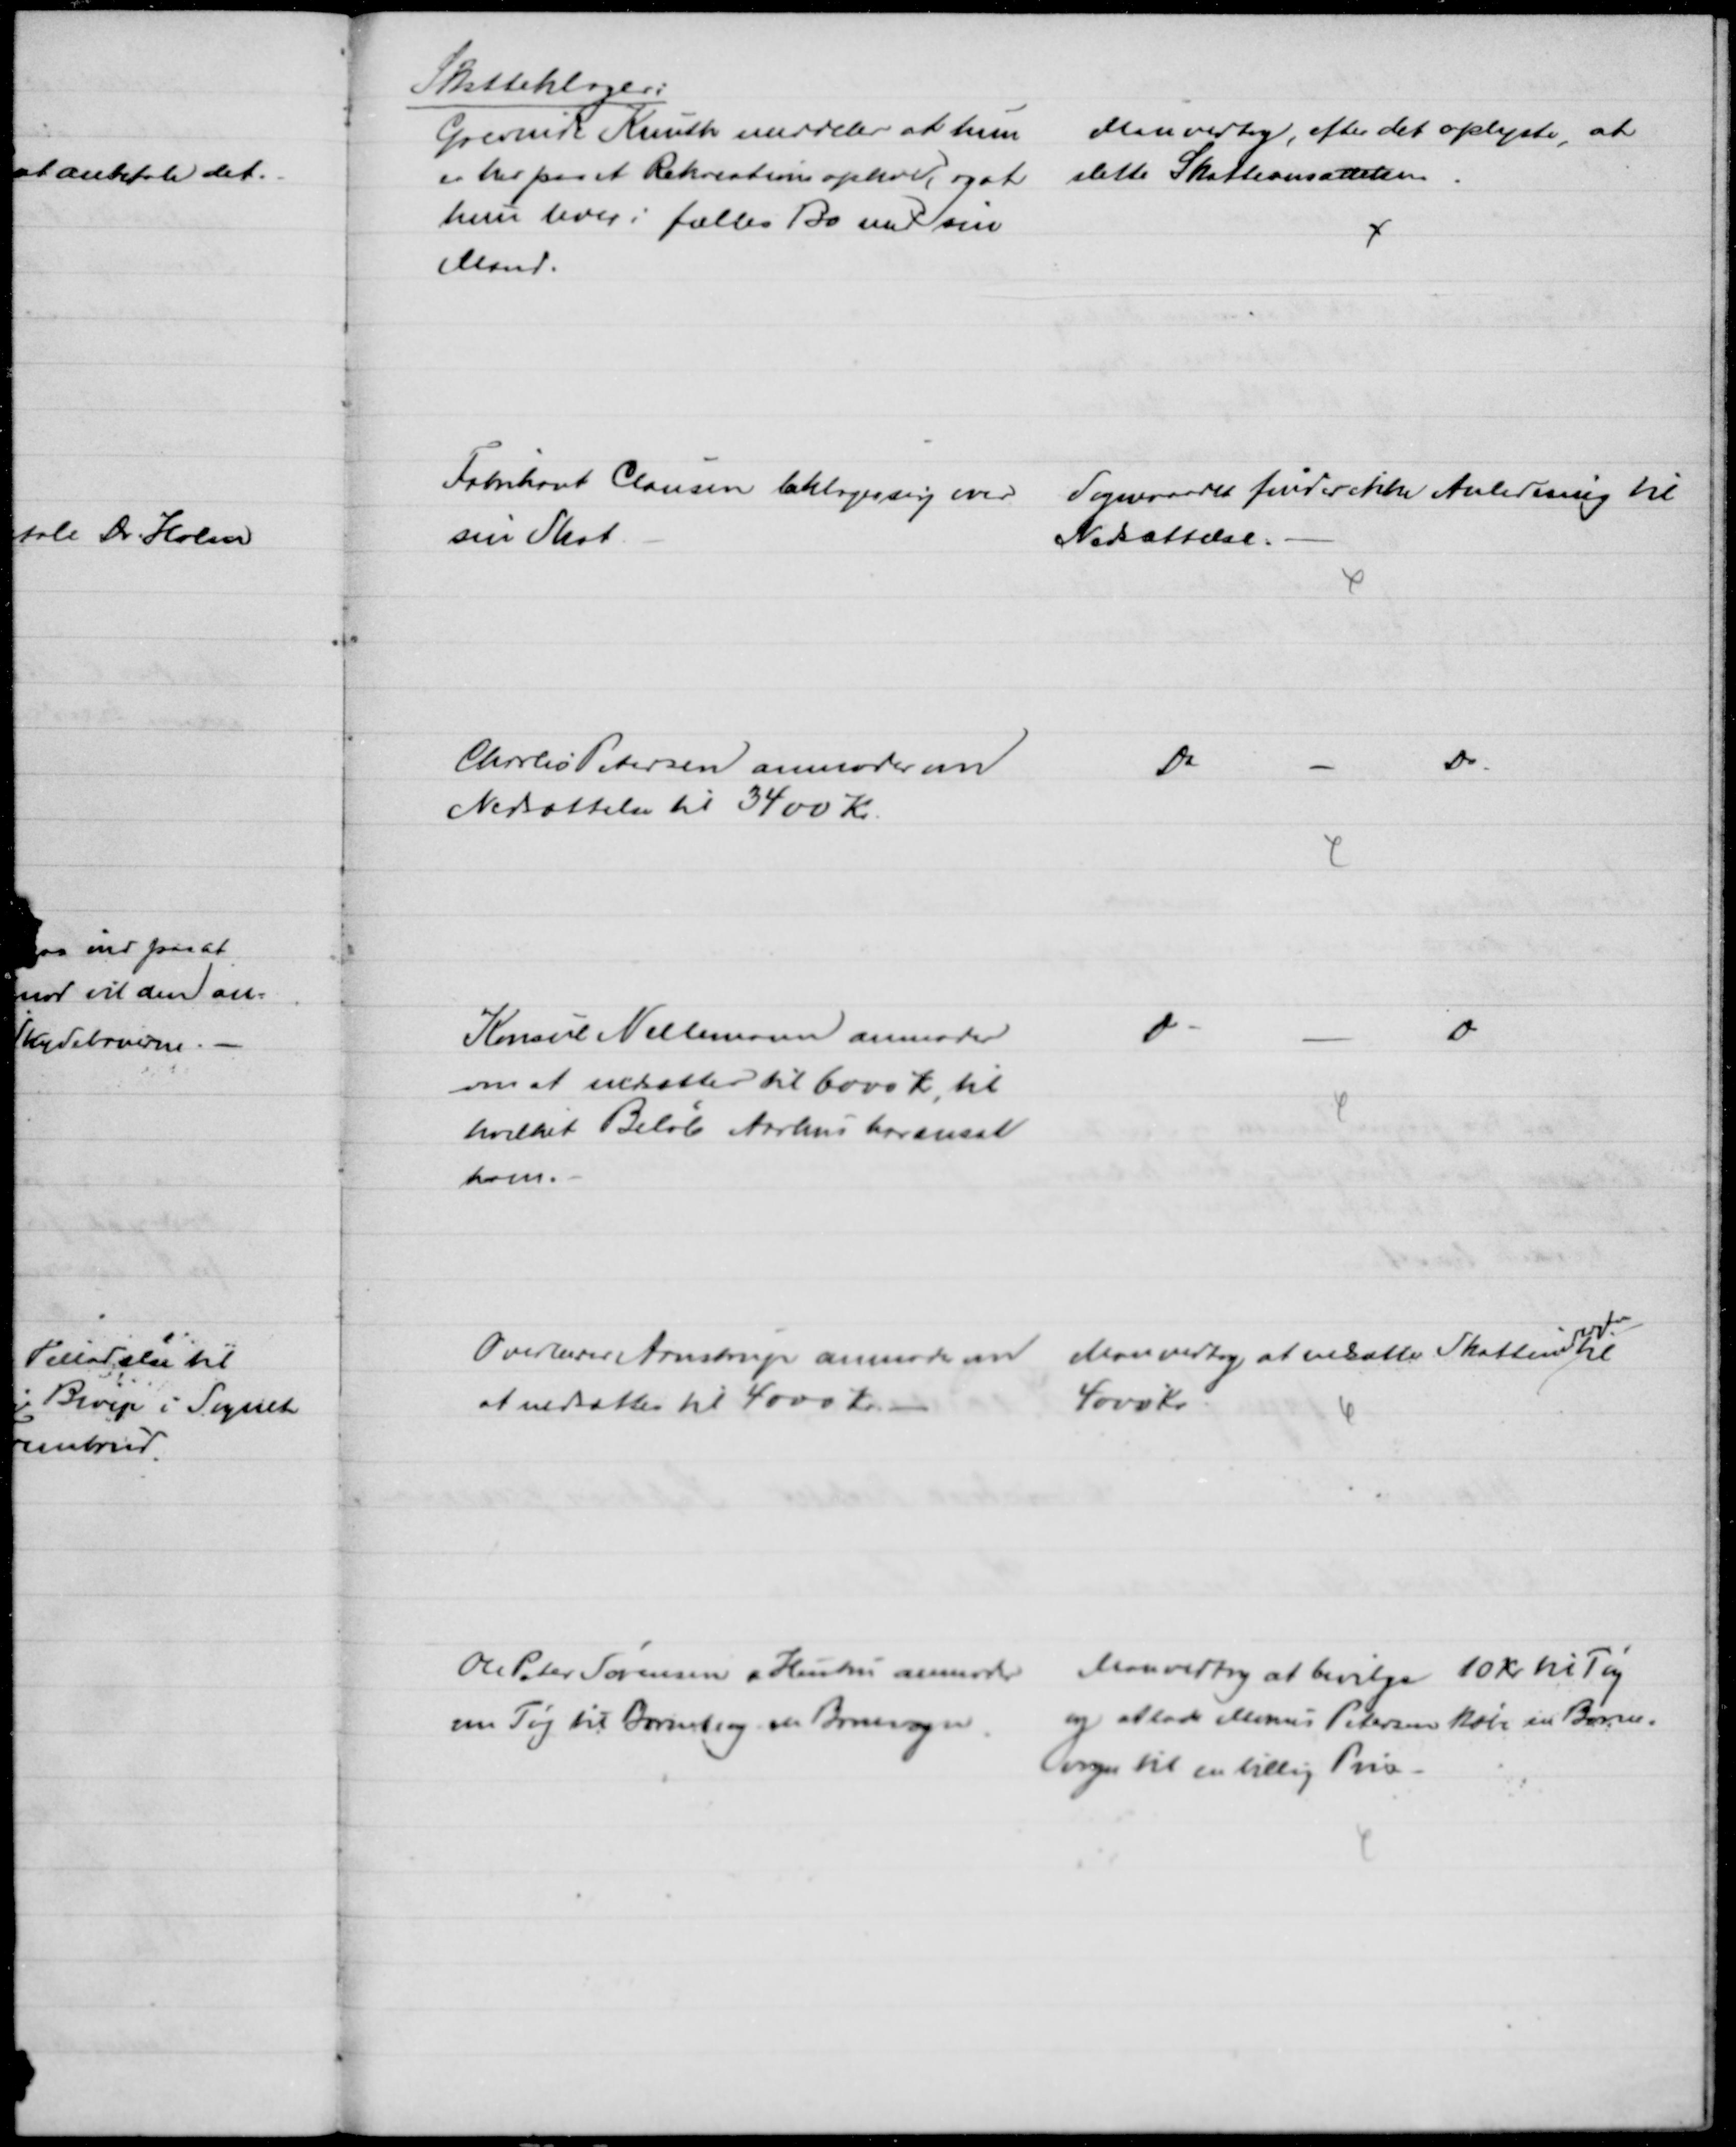
Transskription:
Skatteklager:
Grevinde Knuth meddeler at hun
er her paa et Rekreationsophold, og at
hun lever i fælles Bo med sin
Mand.
Men vedtog, efter det oplyste, at
slette Skatteansættelsen.
Fabrikant Clausen beklager sig over 
sin Skat.
Sogneraadet finder ikke Anledning til
Nedsættelse.
Charles Petersen anmoder om
Nedsættelse til 3400 Kr.
Do
Do
Konsul Nellemann anmoder
om at nedsættes til 6000 Kr; til 
hvilket Beløb Aarhus har ansat
ham.
Do
D
Overlærer Arnstrup anmoder om
at nedsættes til 4000 Kr.
Man vedtog at nedsætte Skatteind
tægten
til
4000 Kr.
Ole Peter Sørensen o Hustru anmoder 
om Tøj til Barnet og en Barnevogn
Man vedtog at bevilge 10 Kr til Tøj
og at lade Marius Petersen købe en Barne-
vogn til en billig Pris